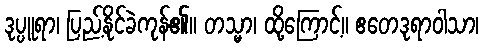
ဒုပ္ပူရာ၊ ပြည့်နိုင်ခဲကုန်၏။ တသ္မာ၊ ထို့ကြောင့်။ ဧတေဒုရာဝါသာ၊